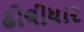
ઢોલીધાર